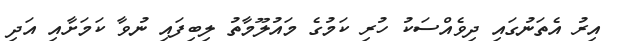
އިރު އެތަނުގައި ދިވެއްސަކު ހުރި ކަމުގެ މައުލޫމާތު ލިބިފައި ނުވާ ކަމަށާއި އަދި